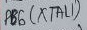
Text: PB6(XTAL1)